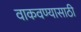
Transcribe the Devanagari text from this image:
वाकवण्यासाठी